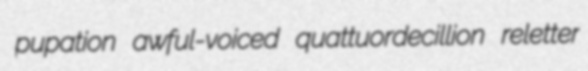
pupation awful-voiced quattuordecillion reletter